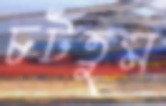
চটতুম